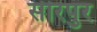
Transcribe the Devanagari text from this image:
सीरपुर